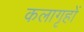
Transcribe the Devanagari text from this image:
कलागृहों